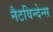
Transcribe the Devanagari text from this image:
नैटविन्देन्स